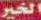
الخير